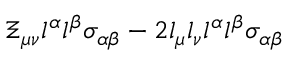
\Xi _ { \mu \nu } l ^ { \alpha } l ^ { \beta } \sigma _ { \alpha \beta } - 2 l _ { \mu } l _ { \nu } l ^ { \alpha } l ^ { \beta } \sigma _ { \alpha \beta }